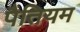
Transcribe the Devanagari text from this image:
पैतियम